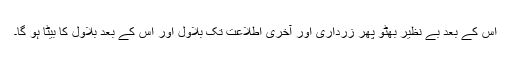
اس کے بعد بے نظیر بھٹو پھر زرداری اور آخری اطلاعت تک بلاول اور اس کے بعد بلاول کا بیٹا ہو گا۔